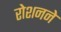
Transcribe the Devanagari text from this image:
रोशनने